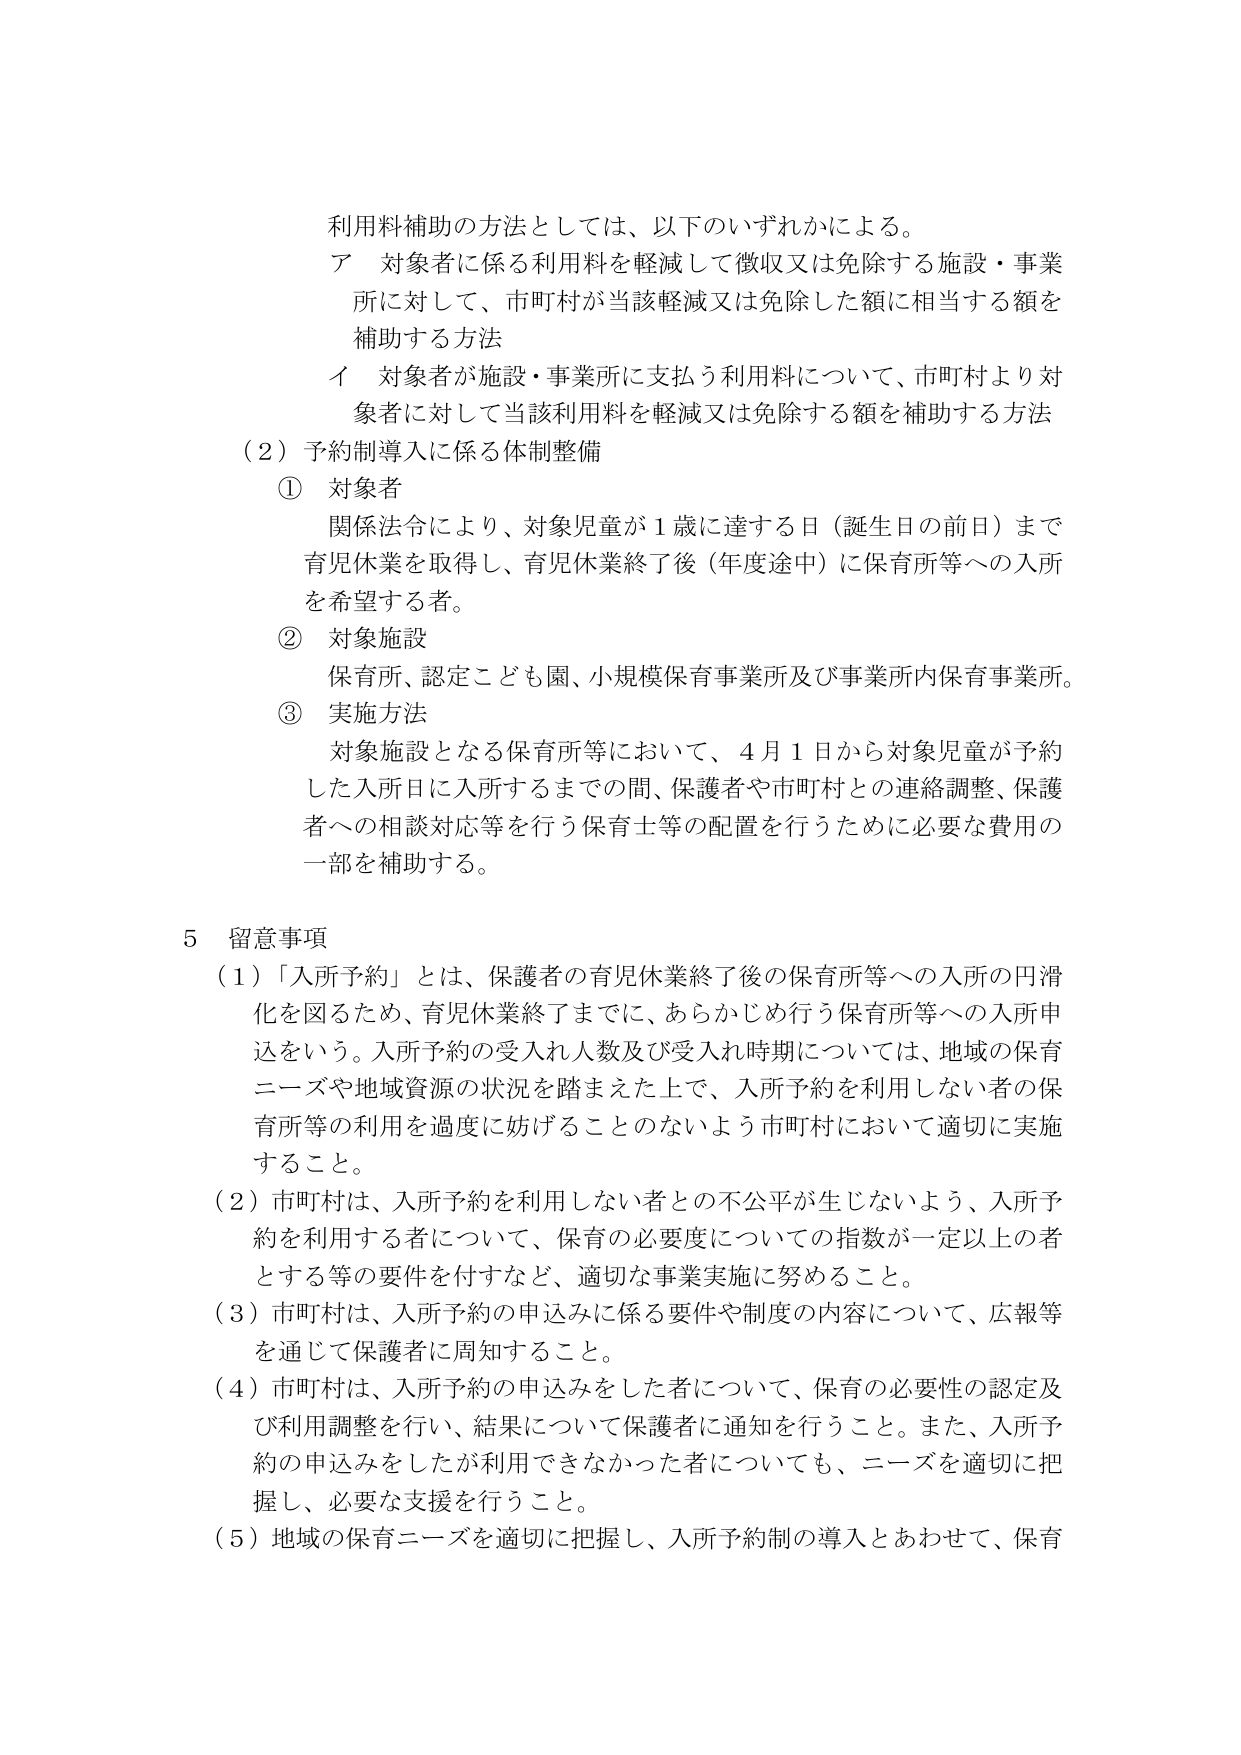
利用料補助の方法としては、以下のいずれかによる。
ア 対象者に係る利用料を軽減して徴収又は免除する施設・事業所に対して、市町村が当該軽減又は免除した額に相当する額を補助する方法
イ 対象者が施設・事業所に支払う利用料について、市町村より対象者に対して当該利用料を軽減又は免除する額を補助する方法
（2）予約制導入に係る体制整備
① 対象者
関係法令により、対象児童が1歳に達する日（誕生日の前日）まで育児休業を取得し、育児休業終了後（年度途中）に保育所等への入所を希望する者。
② 対象施設
保育所、認定こども園、小規模保育事業所及び事業所内保育事業所。
③ 実施方法
対象施設となる保育所等において、4月1日から対象児童が予約した入所日に入所するまでの間、保護者や市町村との連絡調整、保護者への相談対応等を行う保育士等の配置を行うために必要な費用の一部を補助する。

5 留意事項
（1）「入所予約」とは、保護者の育児休業終了後の保育所等への入所の円滑化を図るため、育児休業終了までに、あらかじめ行う保育所等への入所申込をいう。入所予約の受入れ人数及び受入れ時期については、地域の保育ニーズや地域資源の状況を踏まえた上で、入所予約を利用しない者の保育所等の利用を過度に妨げることのないよう市町村において適切に実施すること。
（2）市町村は、入所予約を利用しない者との不公平が生じないよう、入所予約を利用する者について、保育の必要度についての指数が一定以上者とする等の要件を付すなど、適切な事業実施に努めること。
（3）市町村は、入所予約の申込みに係る要件や制度の内容について、広報等を通じて保護者に周知すること。
（4）市町村は、入所予約の申込みをした者について、保育の必要性の認定及び利用調整を行い、結果について保護者に通知を行うこと。また、入所予約の申込みをしたが利用できなかった者についても、ニーズを適切に把握し、必要な支援を行うこと。
（5）地域の保育ニーズを適切に把握し、入所予約制の導入とあわせて、保育